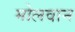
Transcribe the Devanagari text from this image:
मोलवान